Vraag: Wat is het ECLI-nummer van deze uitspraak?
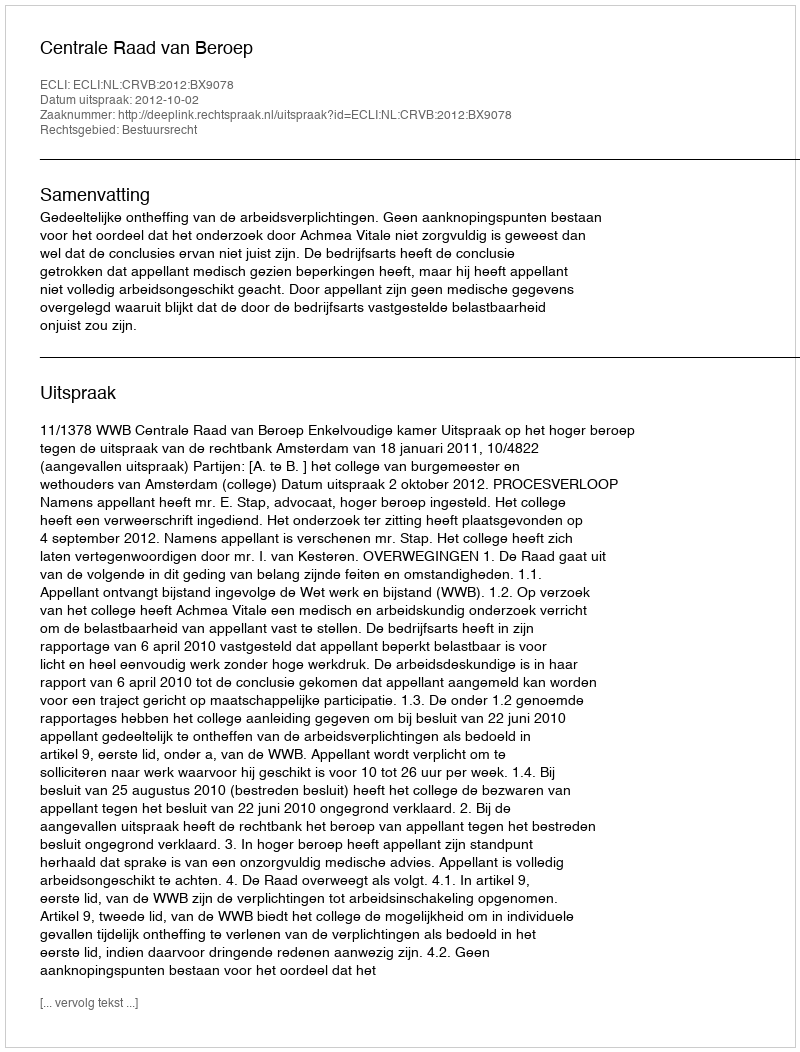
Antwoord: ECLI:NL:CRVB:2012:BX9078